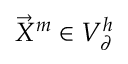
\vec { X } ^ { m } \in V _ { \partial } ^ { h }